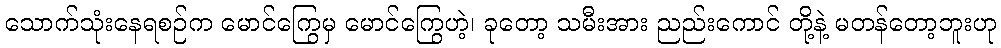
သောက်သုံးနေရစဉ်က မောင်ကြွေမှ မောင်ကြွေဟဲ့၊ ခုတော့ သမီးအား ညည်းကောင် တို့နဲ့ မတန်တော့ဘူးဟု